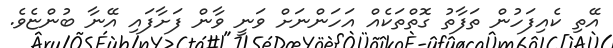
އޭތި ކެއިފަހުން ތަފާތު ގޮތްތަކެއް އަހަންނަށް ވަނީ ވާން ފަށާފައި އޭނާ ބުންޏެވެ.